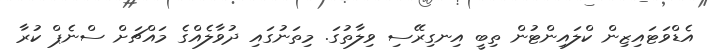
އެޑްވަޓައިޒިން ކްލައިންޓުން ތިބީ އިނގިރޭސި ވިލާތުގަ. މިތަނުގައި ދުވާލެއްގެ މައްޗަށް ސްނެޕް ކުރާ